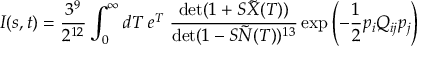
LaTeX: I ( s , t ) = \frac { 3 ^ { 9 } } { 2 ^ { 1 2 } } \int _ { 0 } ^ { \infty } d T \; e ^ { T } \; \frac { \operatorname * { d e t } ( 1 + S \tilde { X } ( T ) ) } { \operatorname * { d e t } ( 1 - S \tilde { N } ( T ) ) ^ { 1 3 } } \exp \left( - \frac { 1 } { 2 } p _ { i } Q _ { i j } p _ { j } \right)